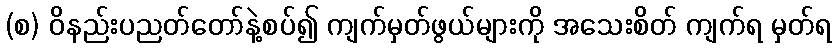
(စ) ဝိနည်းပညတ်တော်နဲ့စပ်၍ ကျက်မှတ်ဖွယ်များကို အသေးစိတ် ကျက်ရ မှတ်ရ